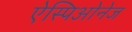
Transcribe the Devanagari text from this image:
ऐस्पिओनेज